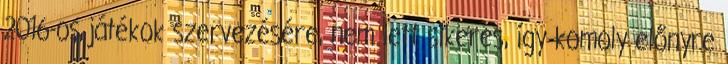
2016-os játékok szervezésére, nem lett sikeres, így komoly előnyre